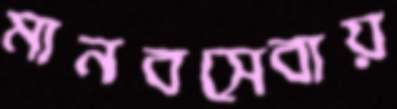
মানবসেবায়